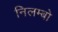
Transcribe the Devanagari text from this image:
निलम्‍बो